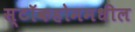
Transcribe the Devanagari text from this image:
स्टॉकहोममधील